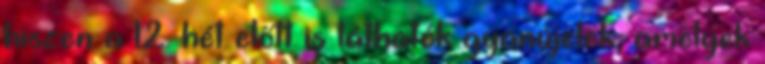
hiszen a 12. hét előtt is láthatók gyanújelek, amelyek